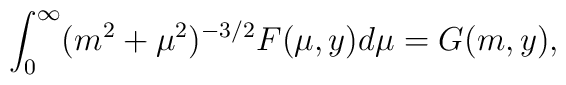
\int_0^\infty (m^2 + \mu^2)^{-3/2} F(\mu, y) d\mu = G(m , y),